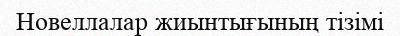
Новеллалар жиынтығының тізімі